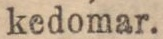
kedomar.